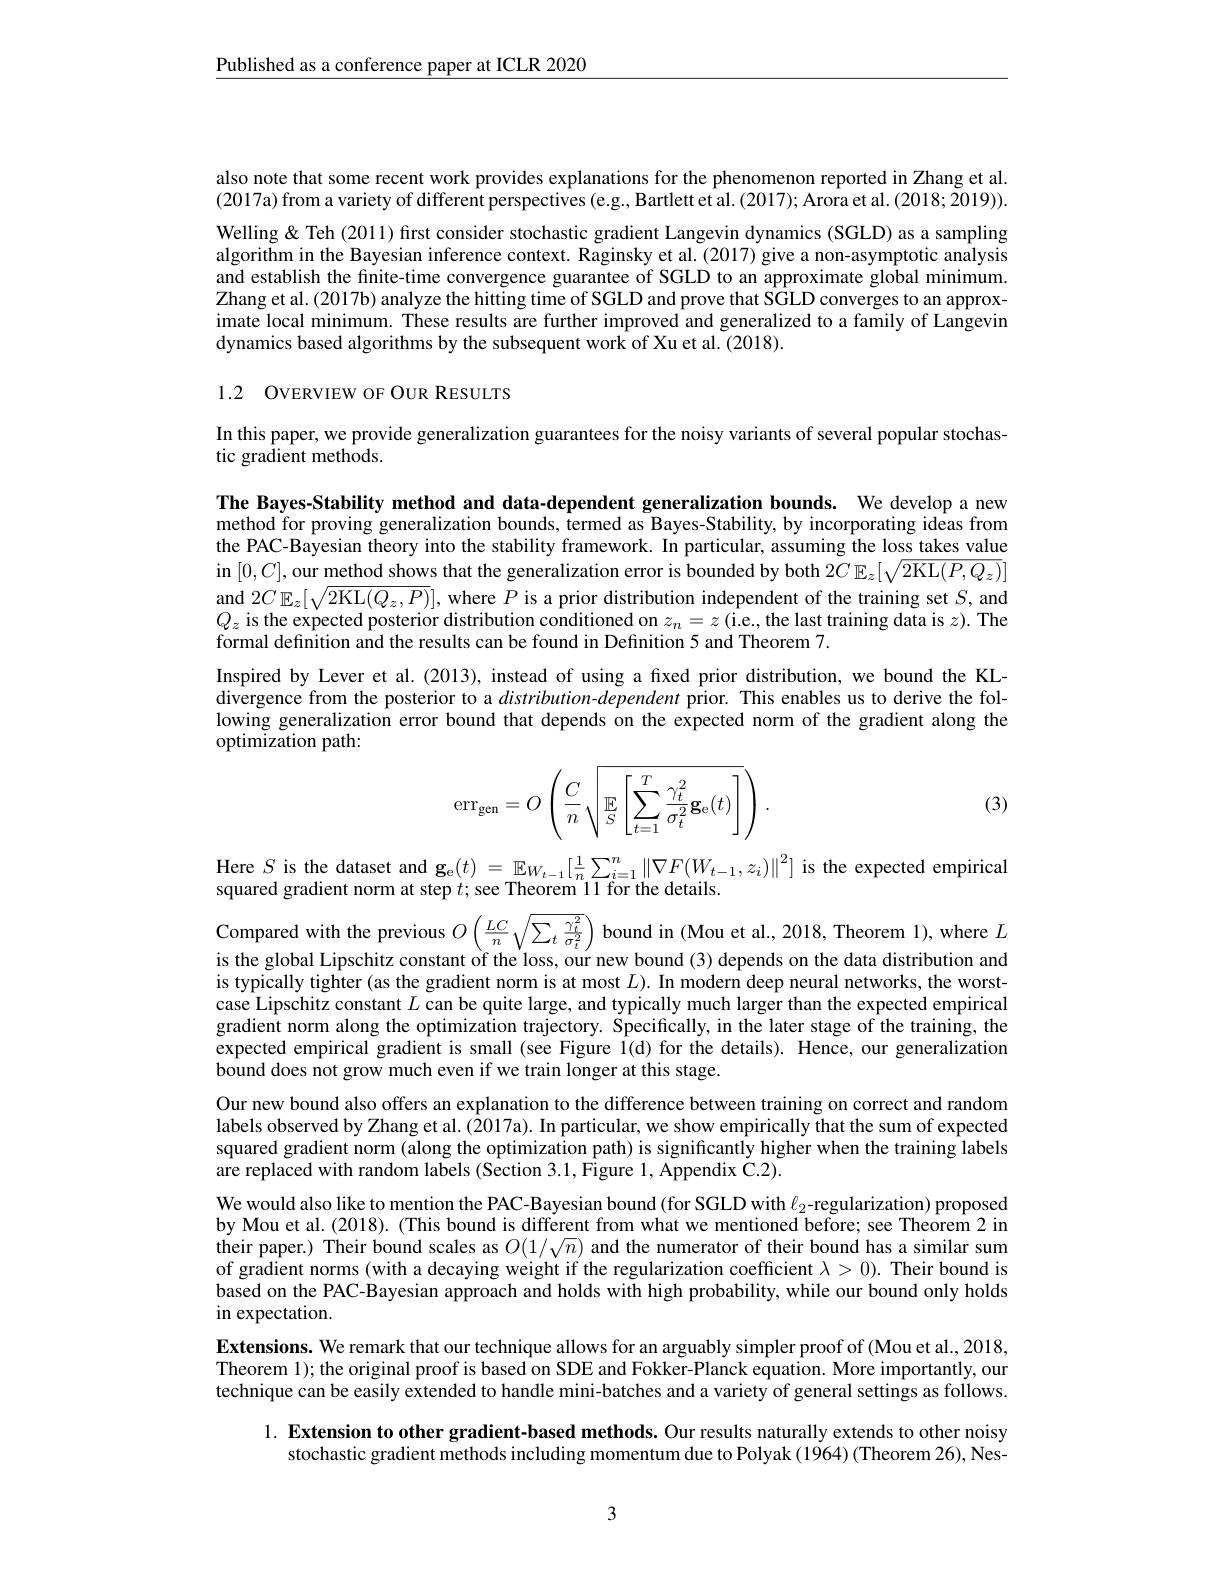
$\underline{\text{Published as a conference paper at ICLR 2020}}$

also note that some recent work provides explanations for the phenomenon reported in Zhang et al. (2017a) from a variety of different perspectives (e.g., Bartlett et al. (2017); Arora et al. (2018; 2019)).

Welling & Teh (2011) first consider stochastic gradient Langevin dynamics (SGLD) as a sampling algorithm in the Bayesian inference context. Raginsky et al.(2017) give a non-asymptotic analysis and establish the finite-time convergence guarantee of SGLD to an approximate global minimum Zhang et al. (2017b) analyze the hitting time of SGLD and prove that SGLD converges to an approximate local minimum. These results are further improved and generalized to a family of Langevin dynamics based algorithms by the subsequent work of Xu et al. (2018).

1.2 OVERVIEW OF OUR RESULTS

In this paper, we provide generalization guarantees for the noisy variants of several popular stochas-
tic gradient methods.

The Bayes-Stability method and data-dependent generalization bounds. We develop a new method for proving generalization bounds, termed as Bayes-Stability, by incorporating ideas from the PAC-Bayesian theory into the stability framework. In particular, assuming the loss takes value in $[0,C]$,our method shows that the generalization error is bounded by both $2C_{\mathbb{E}}[\sqrt{2\mathrm{KL}(P,Q_{z})}]$ and $2C\mathbb{E}_z[\sqrt{2\mathrm{KL}(Q_z,P)}]$, where $P$ is a prior distribution independent of the training set $S$,and $Q_z$ is the expected posterior distribution conditioned on $z_n=z$ (i.e, the last training data is $z).$ The formal definition and the results can be found in Definition 5 and Theorem 7.
Inspired by Lever et al.(2013), instead of using a fixed prior distribution, we bound the KLdivergence from the posterior to a $distribution-dependent$ prior. This enables us to derive the following generalization error bound that depends on the expected norm of the gradient along the optimization path:
$$\mathrm{err}_{\mathrm{gen}}=O\left(\dfrac{C}{n}\sqrt{\mathbb{E}_{S}\left[\sum_{t=1}^{T}\dfrac{\gamma_{t}^{2}}{\sigma_{t}^{2}}\mathbf{g}_{\mathrm{e}}(t)\right]}\right).$$
(3)

Here $S$ is the dataset and ge$(t)=\mathbb{E}_{W_{t-1}}[\frac1n\sum_{i=1}^n\|\nabla F(W_{t-1},z_i)\|^2]$ is the expected empirical
squared gradient norm at step $t;$ see Theorem 11 for the details

Compared with the previous $O\left(\frac{LC}{n}\sqrt{\sum_{t}\frac{\gamma_{t}^{2}}{\sigma_{t}^{2}}}\right)$ bound in (Mou et al., 2018, Theorem 1), where $L$ is the global Lipschitz constant of the loss, our new bound (3) depends on the data distribution and is typically tighter (as the gradient norm is at most $L).$ In modern deep neural networks, the worstcase Lipschitz constant $L$ can be quite large, and typically much larger than the expected empirical gradient norm along the optimization trajectory. Specifically, in the later stage of the training, the expected empirical gradient is small (see Figure I(d) for the details). Hence, our generalization bound does not grow much even if we train longer at this stage.
Our new bound also offers an explanation to the difference between training on correct and random labels observed by Zhang et al. (2017a). In particular, we show empirically that the sum of expected squared gradient norm (along the optimization path) is significantly higher when the training labels are replaced with random labels (Section 3.1, Figure 1, Appendix C.2).
We would also like to mention the PAC-Bayesian bound (for SGLD with $\ell_2$-regularization) proposed by Mou et al. (2018). (This bound is different from what we mentioned before; see Theorem 2 in their paper.) Their bound scales as $O(1/\sqrt{n})$ and the numerator of their bound has a similar sum of gradient norms (with a decaying weight if the regularization coefficient $\lambda>0).$ Their bound is based on the PAC-Bayesian approach and holds with high probability, while our bound only holds in expectation.
Extensions. We remark that our technique allows for an arguably simpler proof of (Mou et al., 2018, Theorem 1);the original proof is based on SDE and Fokker-Planck equation. More importantly, our technique can be easily extended to handle mini-batches and a variety of general settings as follows

1. Extension to other gradient-based methods. Our results naturally extends to other noisy

stochastic gradient methods including momentum due to Polyak (1964) (Theorem 26), Nes-

3